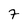
Character: 7